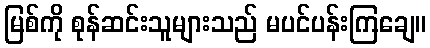
မြစ်ကို စုန်ဆင်းသူများသည် မပင်ပန်းကြချေ။